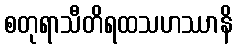
စတုရာသီတိရထသဟဿာနိ